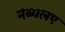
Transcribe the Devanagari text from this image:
नेब्यलए